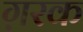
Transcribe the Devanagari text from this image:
ग़रक